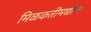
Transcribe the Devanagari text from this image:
मिळकतीमधील